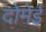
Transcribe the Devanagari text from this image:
दोमेई